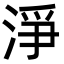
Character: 淨